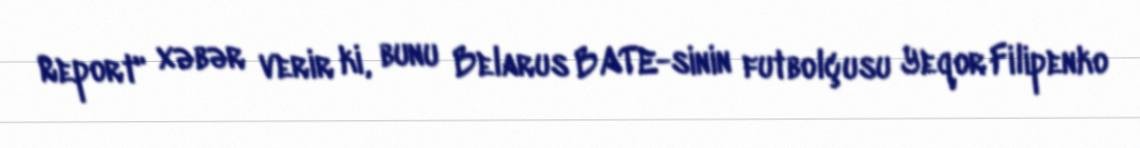
Report" xəbər verir ki, bunu Belarus BATE-sinin futbolçusu Yeqor Filipenko